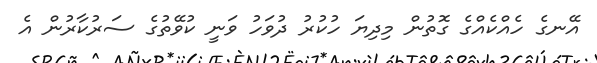
އޭނގެ ހެއްކެއްގެ ގޮތުން މިދިޔަ ހުކުރު ދުވަހު ވަނީ ކުވޭތުގެ ސަރުކާރުން އެ